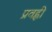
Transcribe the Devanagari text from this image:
प्रवह्ली